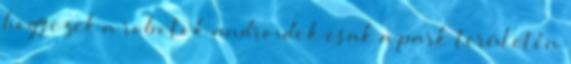
hogy ezek a robotok androidok csak a park területén